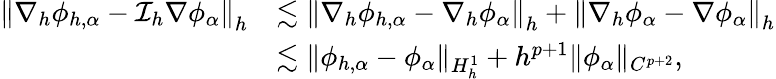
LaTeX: \begin{array}{rl}{\left\| \nabla_{h}\phi_{h,\alpha}-\mathcal{I}_{h}\nabla\phi_{\alpha}\right\| _{h}}&{\lesssim\left\| \nabla_{h}\phi_{h,\alpha}-\nabla_{h}\phi_{\alpha}\right\| _{h}+\left\| \nabla_{h}\phi_{\alpha}-\nabla\phi_{\alpha}\right\| _{h}}\\ &{\lesssim\| \phi_{h,\alpha}-\phi_{\alpha}\| _{H_{h}^{1}}+h^{p+1}\| \phi_{\alpha}\| _{C^{p+2}},}\end{array}